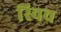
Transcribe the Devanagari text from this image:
स्‍विच